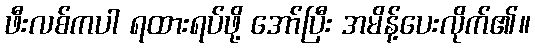
ဖီးလစ်ကပါ ရထားရပ်ဖို့ အော်ပြီး အမိန့်ပေးလိုက်၏။